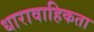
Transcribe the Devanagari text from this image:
धारावाहिकता